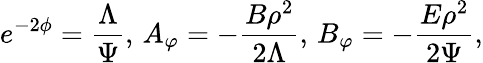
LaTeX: e^{-2\phi}=\frac{\Lambda}{\Psi},\, A_{\varphi}=-\frac{B\rho^{2}}{2\Lambda},\, B_{\varphi}=-\frac{E\rho^{2}}{2\Psi},